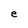
Character: e